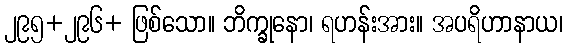
၂၉၅+၂၉၆+ ဖြစ်သော။ ဘိက္ခုနော၊ ရဟန်းအား။ အပရိဟာနာယ၊